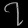
Digit: ၇